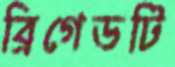
ব্রিগেডটি